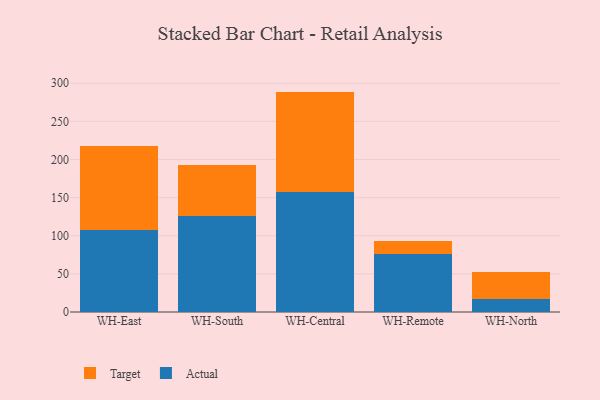
{"axis": {"x": "Warehouse", "y": "Satisfaction Score"}, "legend": ["Actual", "Target"], "data": [{"x": "WH-East", "y": 107.0, "type": "Actual"}, {"x": "WH-East", "y": 110.5, "type": "Target"}, {"x": "WH-South", "y": 126.2, "type": "Actual"}, {"x": "WH-South", "y": 66.6, "type": "Target"}, {"x": "WH-Central", "y": 157.3, "type": "Actual"}, {"x": "WH-Central", "y": 131.7, "type": "Target"}, {"x": "WH-Remote", "y": 76.6, "type": "Actual"}, {"x": "WH-Remote", "y": 16.3, "type": "Target"}, {"x": "WH-North", "y": 17.1, "type": "Actual"}, {"x": "WH-North", "y": 34.9, "type": "Target"}]}